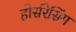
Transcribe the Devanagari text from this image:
होर्सरेसिंग